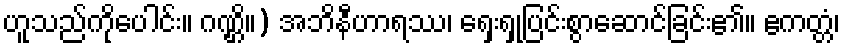
ဟူသည်ကိုပေါင်း။ ဂဏ္ဌိ။) အဘိနီဟာရဿ၊ ရှေးရှုပြင်းစွာဆောင်ခြင်း၏။ ဧကတ္တံ၊